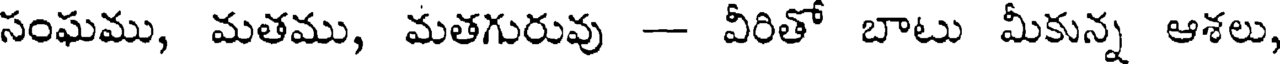
సంఘము, మతము, మతగురువు -- వీరితో బాటు మీకున్న ఆశలు,